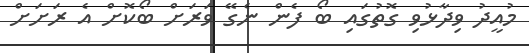
މުއީދު ވިދާޅުވި ގޮތުގައި ބޯ ފެން ނެގޭ ވަރަށް ބޯކޮށް އެ ރަށަށް